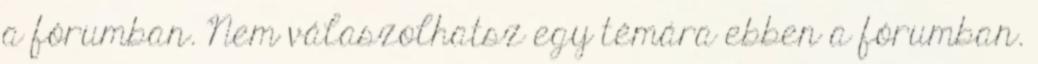
a fórumban. Nem válaszolhatsz egy témára ebben a fórumban.